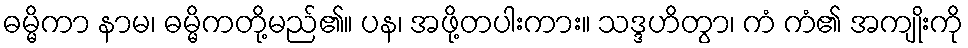
ဓမ္မိကာ နာမ၊ ဓမ္မိကတို့မည်၏။ ပန၊ အဖို့တပါးကား။ သဒ္ဒဟိတွာ၊ ကံ ကံ၏ အကျိုးကို